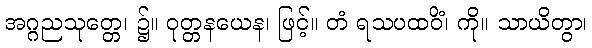
အဂ္ဂညသုတ္တေ၊ ၌။ ဝုတ္တနယေန၊ ဖြင့်။ တံ ရသပထဝိံ၊ ကို။ သာယိတွာ၊